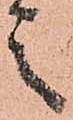
之